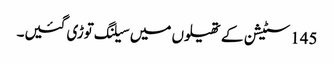
145 سٹیشن کے تھیلوں میں سیلنگ توڑی گئیں۔